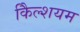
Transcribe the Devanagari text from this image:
कैिल्शयम